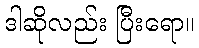
ဒါဆိုလည်း ပြီးရော။